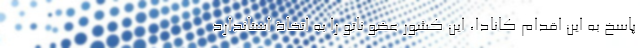
پاسخ به این اقدام کانادا، این کشور عضو ناتو را به اتخاذ استاندارد